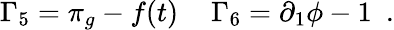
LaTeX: \Gamma_{5}=\pi_{g}-f(t)\, \, \, \, \, \, \, \Gamma_{6}=\partial_{1}\phi-1\, \, \, .